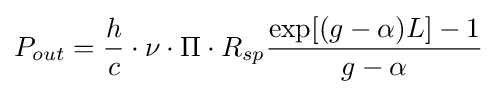
P_{out}={\frac {h}{c}}\cdot \nu \cdot \Pi \cdot R_{sp}{\frac {\exp[(g-\alpha )L]-1}{g-\alpha }}